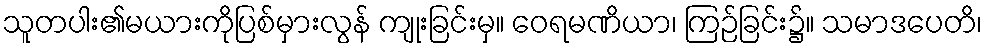
သူတပါး၏မယားကိုပြစ်မှားလွန် ကျုးခြင်းမှ။ ဝေရမဏိယာ၊ ကြဉ်ခြင်း၌။ သမာဒပေတိ၊